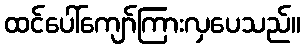
ထင်ပေါ်ကျော်ကြားလှပေသည်။